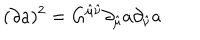
( \partial a ) ^ { 2 } = G ^ { \hat { \mu } \hat { \nu } } \partial _ { \hat { \mu } } a \partial _ { \hat { \nu } } a